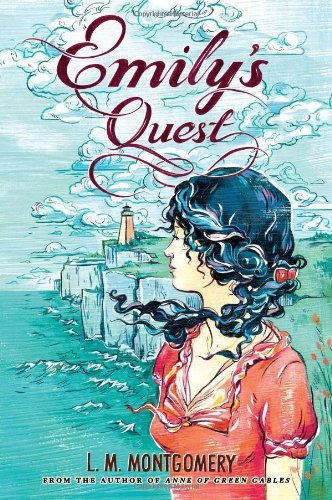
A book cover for Emily's Quest; L.M. Montgomery; Children's Books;